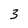
Character: 3